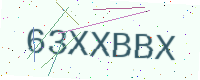
Text: 63XXBBX